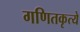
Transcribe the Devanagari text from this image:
गणितकृत्ये